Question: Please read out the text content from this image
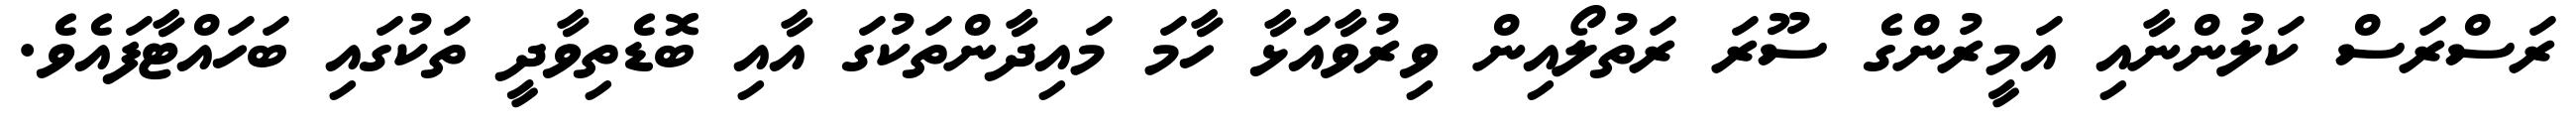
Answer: ރަސްރަސް ކަލުންނާއި އަމީރުންގެ ސޫރަ ރަތުލޯއިން ވިރުވާއަޅާ ހާމަ މައިދާންތަކުގަ އާއި ބޮޑެތިވާދީ ތަކުގައި ބަހައްޓާފައެވެ.